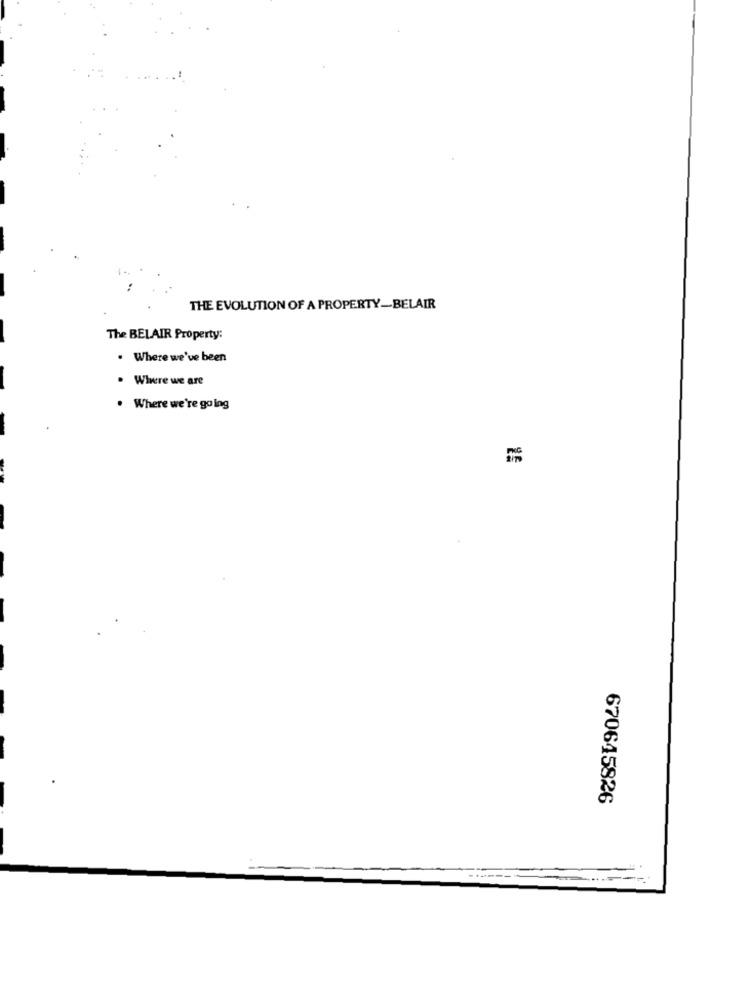
THE EVOLUTION OF A PROPERTY-BELAIR
The BELAIR Property:
. Where we've been
. Where we are
. Where we're going
670645826